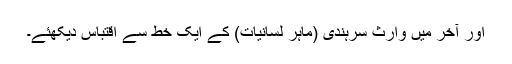
اور آخر میں وارث سرہندی (ماہر لسانیات) کے ایک خط سے اقتباس دیکھئے۔